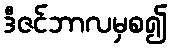
ဒီဇင်ဘာလမှစ၍